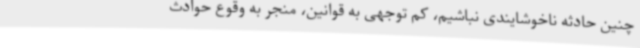
چنین حادثه ناخوشایندی نباشیم، کم توجهی به قوانین، منجر به وقوع حوادث